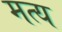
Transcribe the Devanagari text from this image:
मत्य